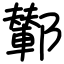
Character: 鄻